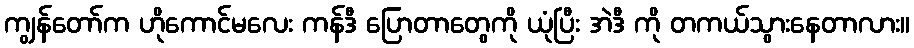
ကျွန်တော်က ဟိုကောင်မလေး ကန်ဒီ ပြောတာတွေကို ယုံပြီး အဲဒီ ကို တကယ်သွားနေတာလား။